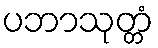
ပဘာသုတ္တံ